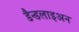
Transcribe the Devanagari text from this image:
डैन्डलाइअन